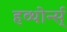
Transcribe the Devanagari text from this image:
हव्थोर्न्स्